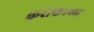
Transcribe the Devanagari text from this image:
कराकल्ला